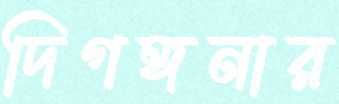
দিগঙ্গনার